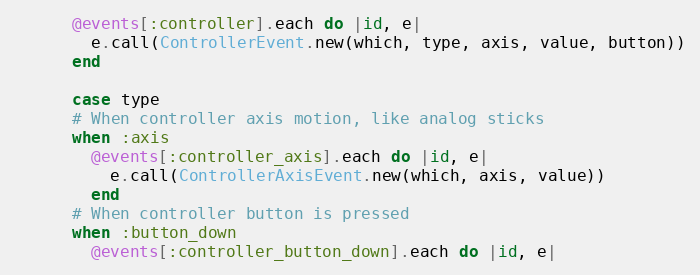
Language: Ruby
      @events[:controller].each do |id, e|
        e.call(ControllerEvent.new(which, type, axis, value, button))
      end

      case type
      # When controller axis motion, like analog sticks
      when :axis
        @events[:controller_axis].each do |id, e|
          e.call(ControllerAxisEvent.new(which, axis, value))
        end
      # When controller button is pressed
      when :button_down
        @events[:controller_button_down].each do |id, e|